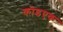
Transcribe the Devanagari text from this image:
कोडएक